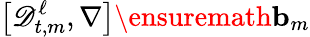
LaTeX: \big[\mathscr{D}_{t,m}^{\ell},\nabla\bigr]\ensuremath{\mathbf{b}}_{m}